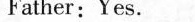
Father:Yes.